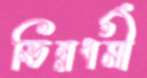
ভিন্নধর্মী